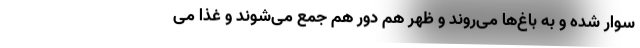
سوار شده و به باغ‌ها می‌روند و ظهر هم دور هم جمع می‌شوند و غذا می